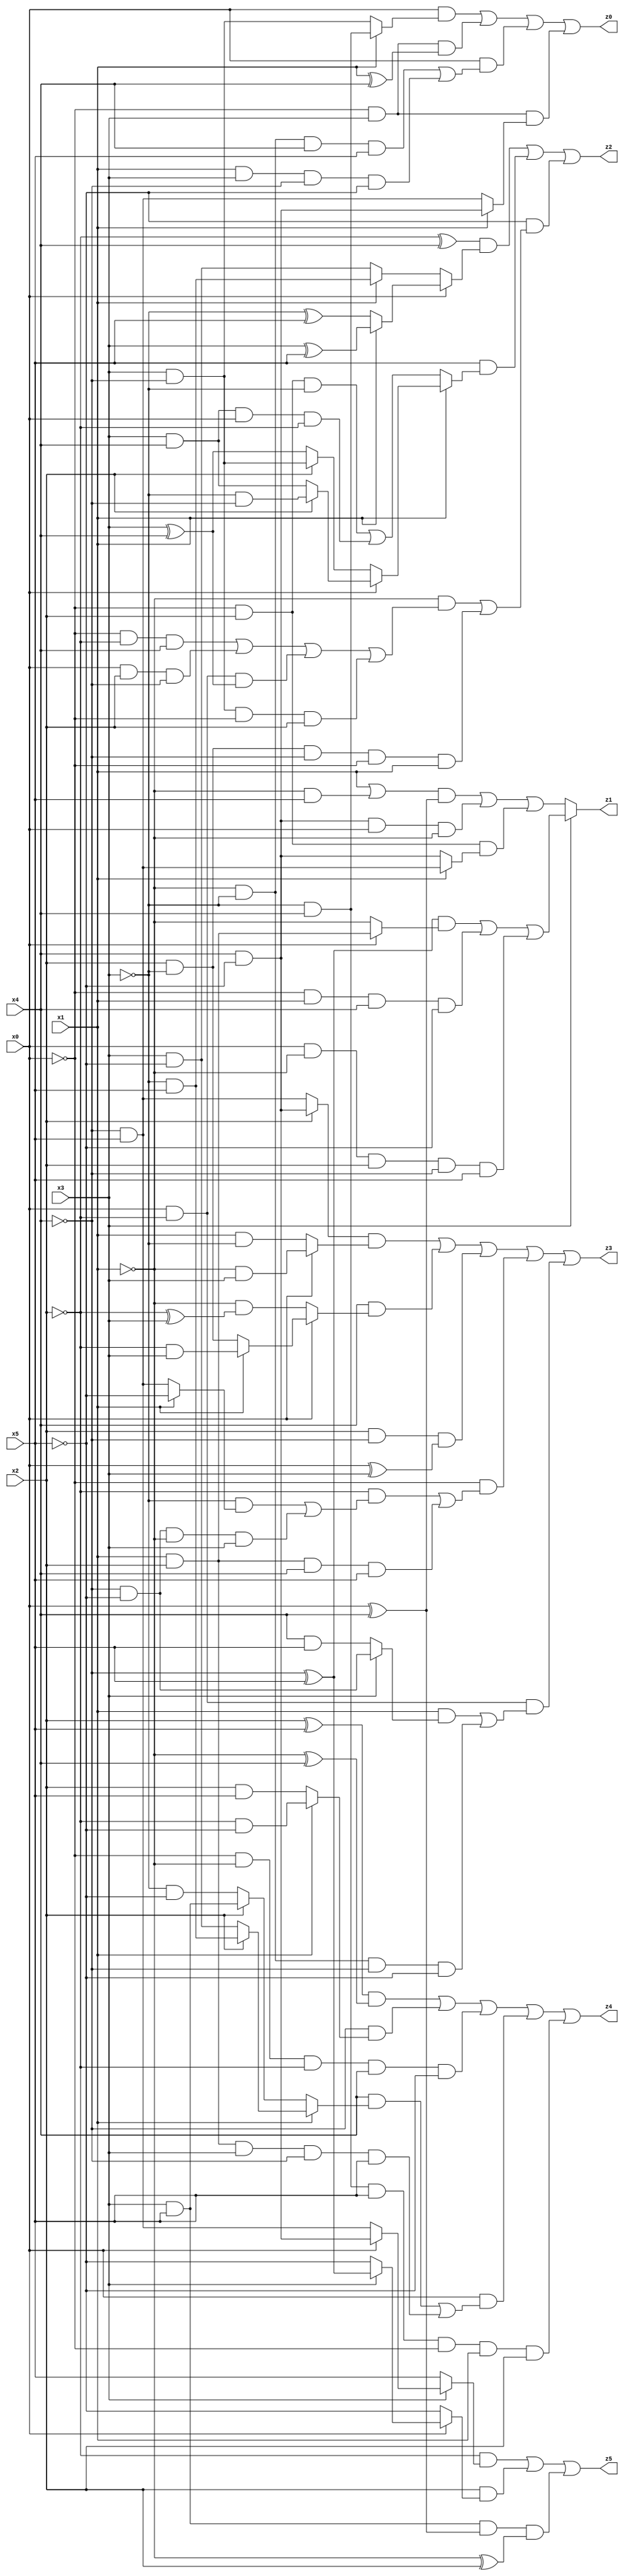
// Benchmark "X_38" written by ABC on Wed Jun 07 23:38:07 2023

module X_38 ( 
    x0, x1, x2, x3, x4, x5,
    z0, z1, z2, z3, z4, z5  );
  input  x0, x1, x2, x3, x4, x5;
  output z0, z1, z2, z3, z4, z5;
  assign z0 = (x0 & (x1 ? (~x3 & x4) : (x3 & ~x4))) | (~x0 & x3 & (x1 ^ x4)) | (x0 & ((~x1 & ~x3 & x4 & x5) | (x1 & x3 & ~x4 & ~x5))) | (~x0 & x3 & (x1 ? (x4 & ~x5) : (~x4 & x5)));
  assign z1 = x3 ? (((~x4 ^ x5) & (x0 ? (x1 & x2) : ~x1)) | (~x0 & x1 & x4 & ~x5) | (x0 & ~x1 & x2 & ~x4 & x5)) : (((x1 | (~x1 & x5)) & (x0 ^ x4)) | (x4 & ~x5 & x0 & ~x1) | (~x0 & x2 & (x1 ? (~x4 & x5) : (x4 & ~x5))));
  assign z2 = ((~x2 ^ x4) & (x0 ? (x1 ? (x3 ^ x5) : (~x3 ^ x5)) : (x1 ? (~x3 & x5) : (x3 & ~x5)))) | (x5 & (x1 ? (x0 ? (x2 ? (~x3 & ~x4) : (x3 & x4)) : (x2 ? (x3 & ~x4) : (x3 ^ x4))) : ((~x0 & x2 & ~x3) | (x3 & x4 & x0 & ~x2)))) | (~x5 & ((~x1 & ((~x0 & ~x2 & x4) | (x0 & x2 & ~x4) | (x0 & ~x2 & (x3 ^ x4)) | (x3 & ~x4 & ~x0 & x2))) | (x2 & ~x3 & ~x4 & ~x0 & x1)));
  assign z3 = ((x2 ? (x4 & ~x5) : (~x4 & x5)) & (x0 ? (~x1 & x3) : (x1 & ~x3))) | (x4 & (x0 ? (x1 ? (~x2 & x3) : (x2 & ~x3)) : (~x1 & (~x2 ^ x3)))) | (x2 & ~x4 & (x0 ^ x3)) | (~x0 & ((~x2 & ((~x3 & (x1 ? ~x5 : (~x4 & x5))) | (~x4 & ~x5 & ~x1 & x3))) | (x1 & x2 & x4 & x5))) | (x0 & ~x2 & ((x1 & (x3 ? (~x4 & ~x5) : (x4 & x5))) | (~x1 & ~x3 & ~x4 & ~x5)));
  assign z4 = ((x2 ^ x5) & (~x1 ^ x4)) | (~x4 & (x1 ? (~x2 & ~x5) : (x2 & x5))) | (~x0 & ~x1 & ~x2 & x4 & ~x5) | (x0 & ((x4 & (x1 ? (x2 ? (~x3 & x5) : (x3 & ~x5)) : (x2 ? (x3 & x5) : (~x3 & ~x5)))) | (x1 & x2 & x3 & ~x4 & x5))) | (~x3 & x4 & x5 & ~x0 & x1 & x2);
  assign z5 = (~x2 & (x3 ? (x0 ? (x4 & ~x5) : (~x4 & x5)) : x5)) | (x2 & (x0 ? (x3 ? (~x4 ^ x5) : ~x5) : ~x5)) | (x3 & x5 & (x0 ^ x4) & (~x1 ^ x2));
endmodule